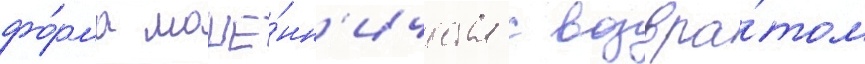
фо́рма моше́нн'ичества с возвра́том